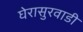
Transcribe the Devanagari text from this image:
घेरासुरवाडी